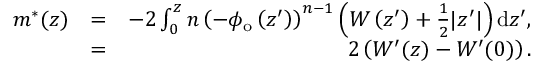
\begin{array} { r l r } { m ^ { * } ( z ) } & { = } & { - 2 \int _ { 0 } ^ { z } n \left( - \phi _ { \mathrm { o } } \left( z ^ { \prime } \right) \right) ^ { n - 1 } \left( W \left( z ^ { \prime } \right) + \frac { 1 } { 2 } | z ^ { \prime } | \right) \mathrm { d } z ^ { \prime } , } \\ & { = } & { 2 \left( W ^ { \prime } ( z ) - W ^ { \prime } ( 0 ) \right) . } \end{array}